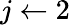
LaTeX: j\gets 2